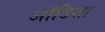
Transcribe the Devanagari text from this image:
ऑडिशा